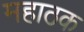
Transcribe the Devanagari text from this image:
महाठक